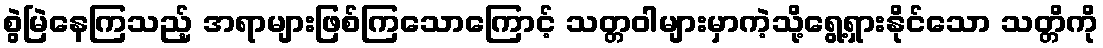
စွဲမြဲနေကြသည့် အရာများဖြစ်ကြသောကြောင့် သတ္တဝါများမှာကဲ့သို့ရွေ့ရှားနိုင်သော သတ္တိကို